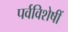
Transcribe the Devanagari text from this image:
पर्वविशेषीं